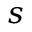
s